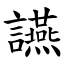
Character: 讌